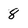
Character: 8